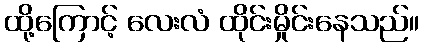
ထို့ကြောင့် လေးလံ ထိုင်းမှိုင်းနေသည်။